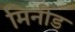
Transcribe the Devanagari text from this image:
मिनीड